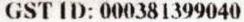
GST ID: 000381399040